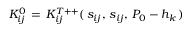
K _ { i j } ^ { 0 } \, = \, K _ { i j } ^ { T + + } ( \, s _ { i j } , \, s _ { i j } , \, P _ { 0 } - h _ { k } \, )